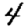
Digit: 4